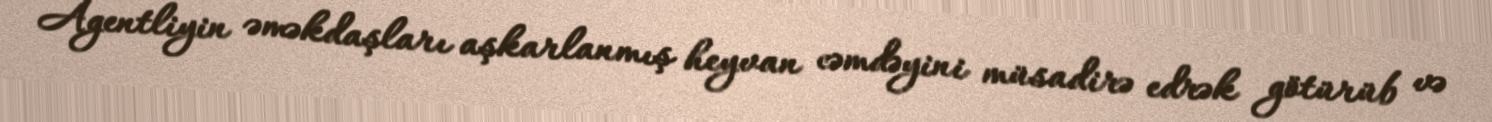
Agentliyin əməkdaşları aşkarlanmış heyvan cəmdəyini müsadirə edrək götürüb və